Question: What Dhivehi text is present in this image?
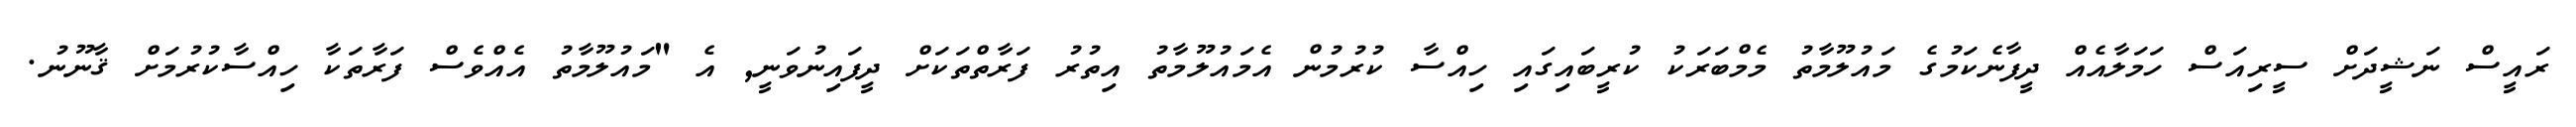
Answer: ރައީސް ނަޝީދަށް ސީރިއަސް ހަމަލާއެއް ދީފާނެކަމުގެ މައުލޫމާތު މެމްބަރަކު ކުރީބައިގައި ހިއްސާ ކުރުމުން އެމައުލޫމާތު އިތުރު ފަރާތްތަކަށް ދީފައިނުވަނީ, އެ "މައުލޫމާތު އެއްވެސް ފަރާތަކާ ހިއްސާކުރުމަށް ޤާނޫނު.